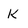
Character: k